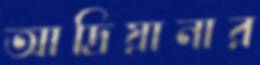
আদ্রিয়ানার